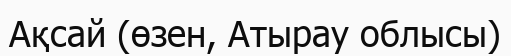
Ақсай (өзен, Атырау облысы)